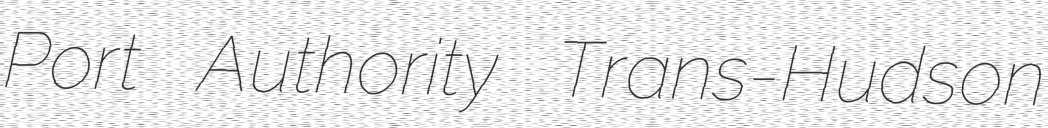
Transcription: Port Authority Trans-Hudson